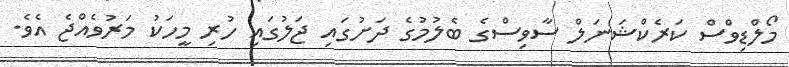
މޯލްޑިވްސް ކަރެކްޝަނަލް ސާވިސްގެ ބެލުމުގެ ދަށުގައި ޖަލުގައި ހުރި މީހަކު މަރުވެއްޖެ އެވެ.